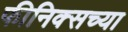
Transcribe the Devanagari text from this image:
फीनिक्सच्या